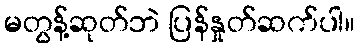
မတွန့်ဆုတ်ဘဲ ပြန်နှုတ်ဆက်ပါ။